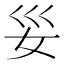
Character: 𫰊